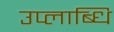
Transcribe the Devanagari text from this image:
उप्लाब्धि